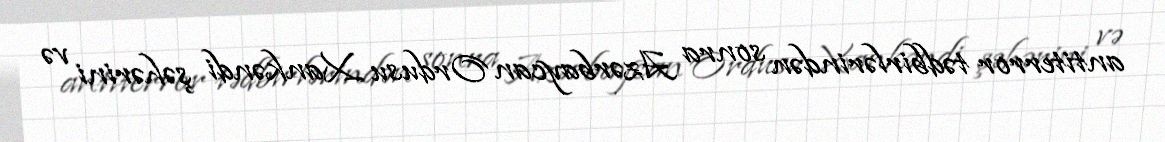
antiterror tədbirlərindən sonra Azərbaycan Ordusu Xankəndi şəhərini və